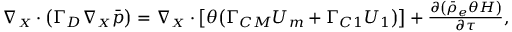
\begin{array} { r } { { \boldsymbol { \nabla _ { \scriptscriptstyle X } } \cdot \bigl ( \boldsymbol { \Gamma _ { D } } \boldsymbol { \nabla _ { \scriptscriptstyle X } } \Bar { p } \bigr ) } = \boldsymbol { \nabla _ { \scriptscriptstyle X } } \cdot \bigl [ \theta \bigl ( \boldsymbol { \Gamma _ { C M } } \boldsymbol { U _ { m } } + \boldsymbol { \Gamma _ { C 1 } } \boldsymbol { U _ { 1 } } \bigr ) \bigr ] + { \frac { \partial \left( \bar { \rho } _ { e } \theta H \right) } { \partial \tau } } , } \end{array}